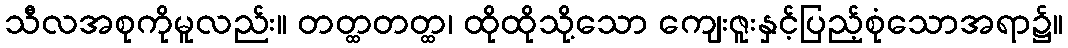
သီလအစုကိုမူလည်း။ တတ္ထတတ္ထ၊ ထိုထိုသို့သော ကျေးဇူးနှင့်ပြည့်စုံသောအရာ၌။